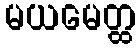
မယမေတ္ထ